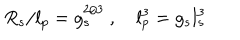
LaTeX: R _ { s } / l _ { p } = g _ { s } ^ { 2 / 3 } \ , \quad l _ { p } ^ { 3 } = g _ { s } l _ { s } ^ { 3 }